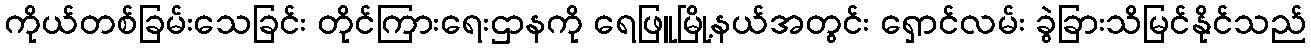
ကိုယ်တစ်ခြမ်းသေခြင်း တိုင်ကြားရေးဌာနကို ရေဖြူမြို့နယ်အတွင်း ရှောင်လမ်း ခွဲခြားသိမြင်နိုင်သည်